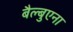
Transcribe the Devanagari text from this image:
बैल्बुएना